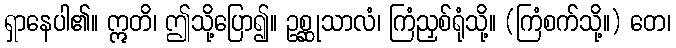
ရှာနေပါ၏။ ဣတိ၊ ဤသို့ပြော၍။ ဥစ္ဆုသာလံ၊ ကြံညှစ်ရုံသို့။ (ကြံစက်သို့။) တေ၊